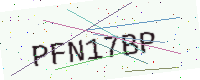
Text: PFN17BP